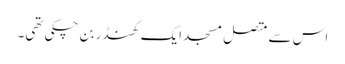
اس سے متصل مسجد ایک کھنڈر بن چکی تھی۔